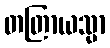
တတြာယသ္မာ